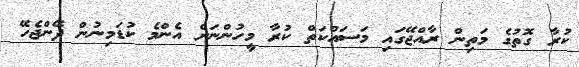
ކުރާ ގޮތުގެ މަތިން ރާއްޖޭގައި މަސައްކަތް ކުރާ މީހުންނަށް އެންމެ ކުޑަމިނުން ދޭންޖެހޭ